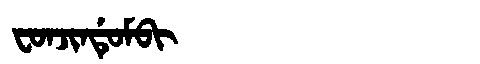
Manchu: ᠸᠣᠨᠵᡳᠨᡩᡠᠮᠪᡳ
Romanization: FONJINDUMBI